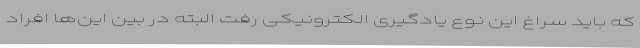
که باید سراغ این نوع یادگیری الکترونیکی رفت البته در بین این‌ها افراد